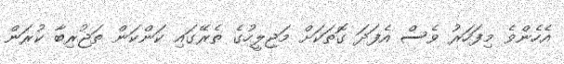
އެހެންވެ މިފަހަރު ވެސް އެފަދަ ގޮތަކަށް މަޖިލީހުގެ ތެރޭގައި ކަންކަން ތަޖުރިބާ ކުރަން